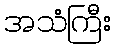
အသံကြီး